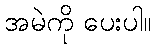
အမဲကို ပေးပါ။